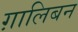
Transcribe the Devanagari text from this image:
ग़ालिबन